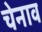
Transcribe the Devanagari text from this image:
चेनाव